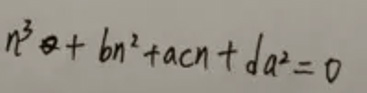
\[n^{3}+bn^{2}+acn + da^{2}=0\]